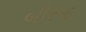
બીરૂદ